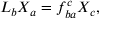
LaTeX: { \cal L } _ { b } X _ { a } = f _ { b a } ^ { c } X _ { c } ,